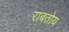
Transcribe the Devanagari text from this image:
राबतोय